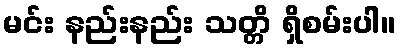
မင်း နည်းနည်း သတ္တိ ရှိစမ်းပါ။